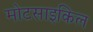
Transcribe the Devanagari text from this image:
मोटसाइकिल